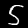
Label: 5